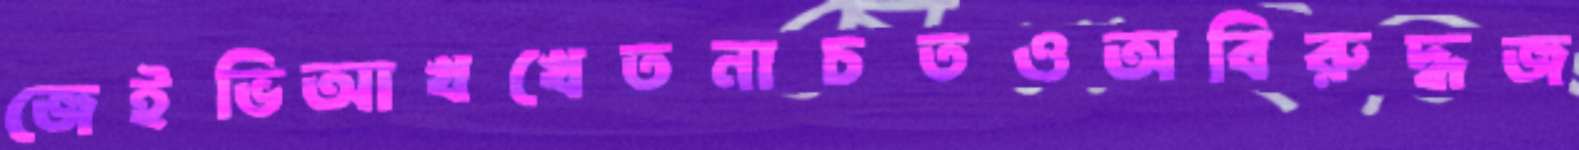
জেইভিআখখেতনাচতওঅবিরুদ্ধজ